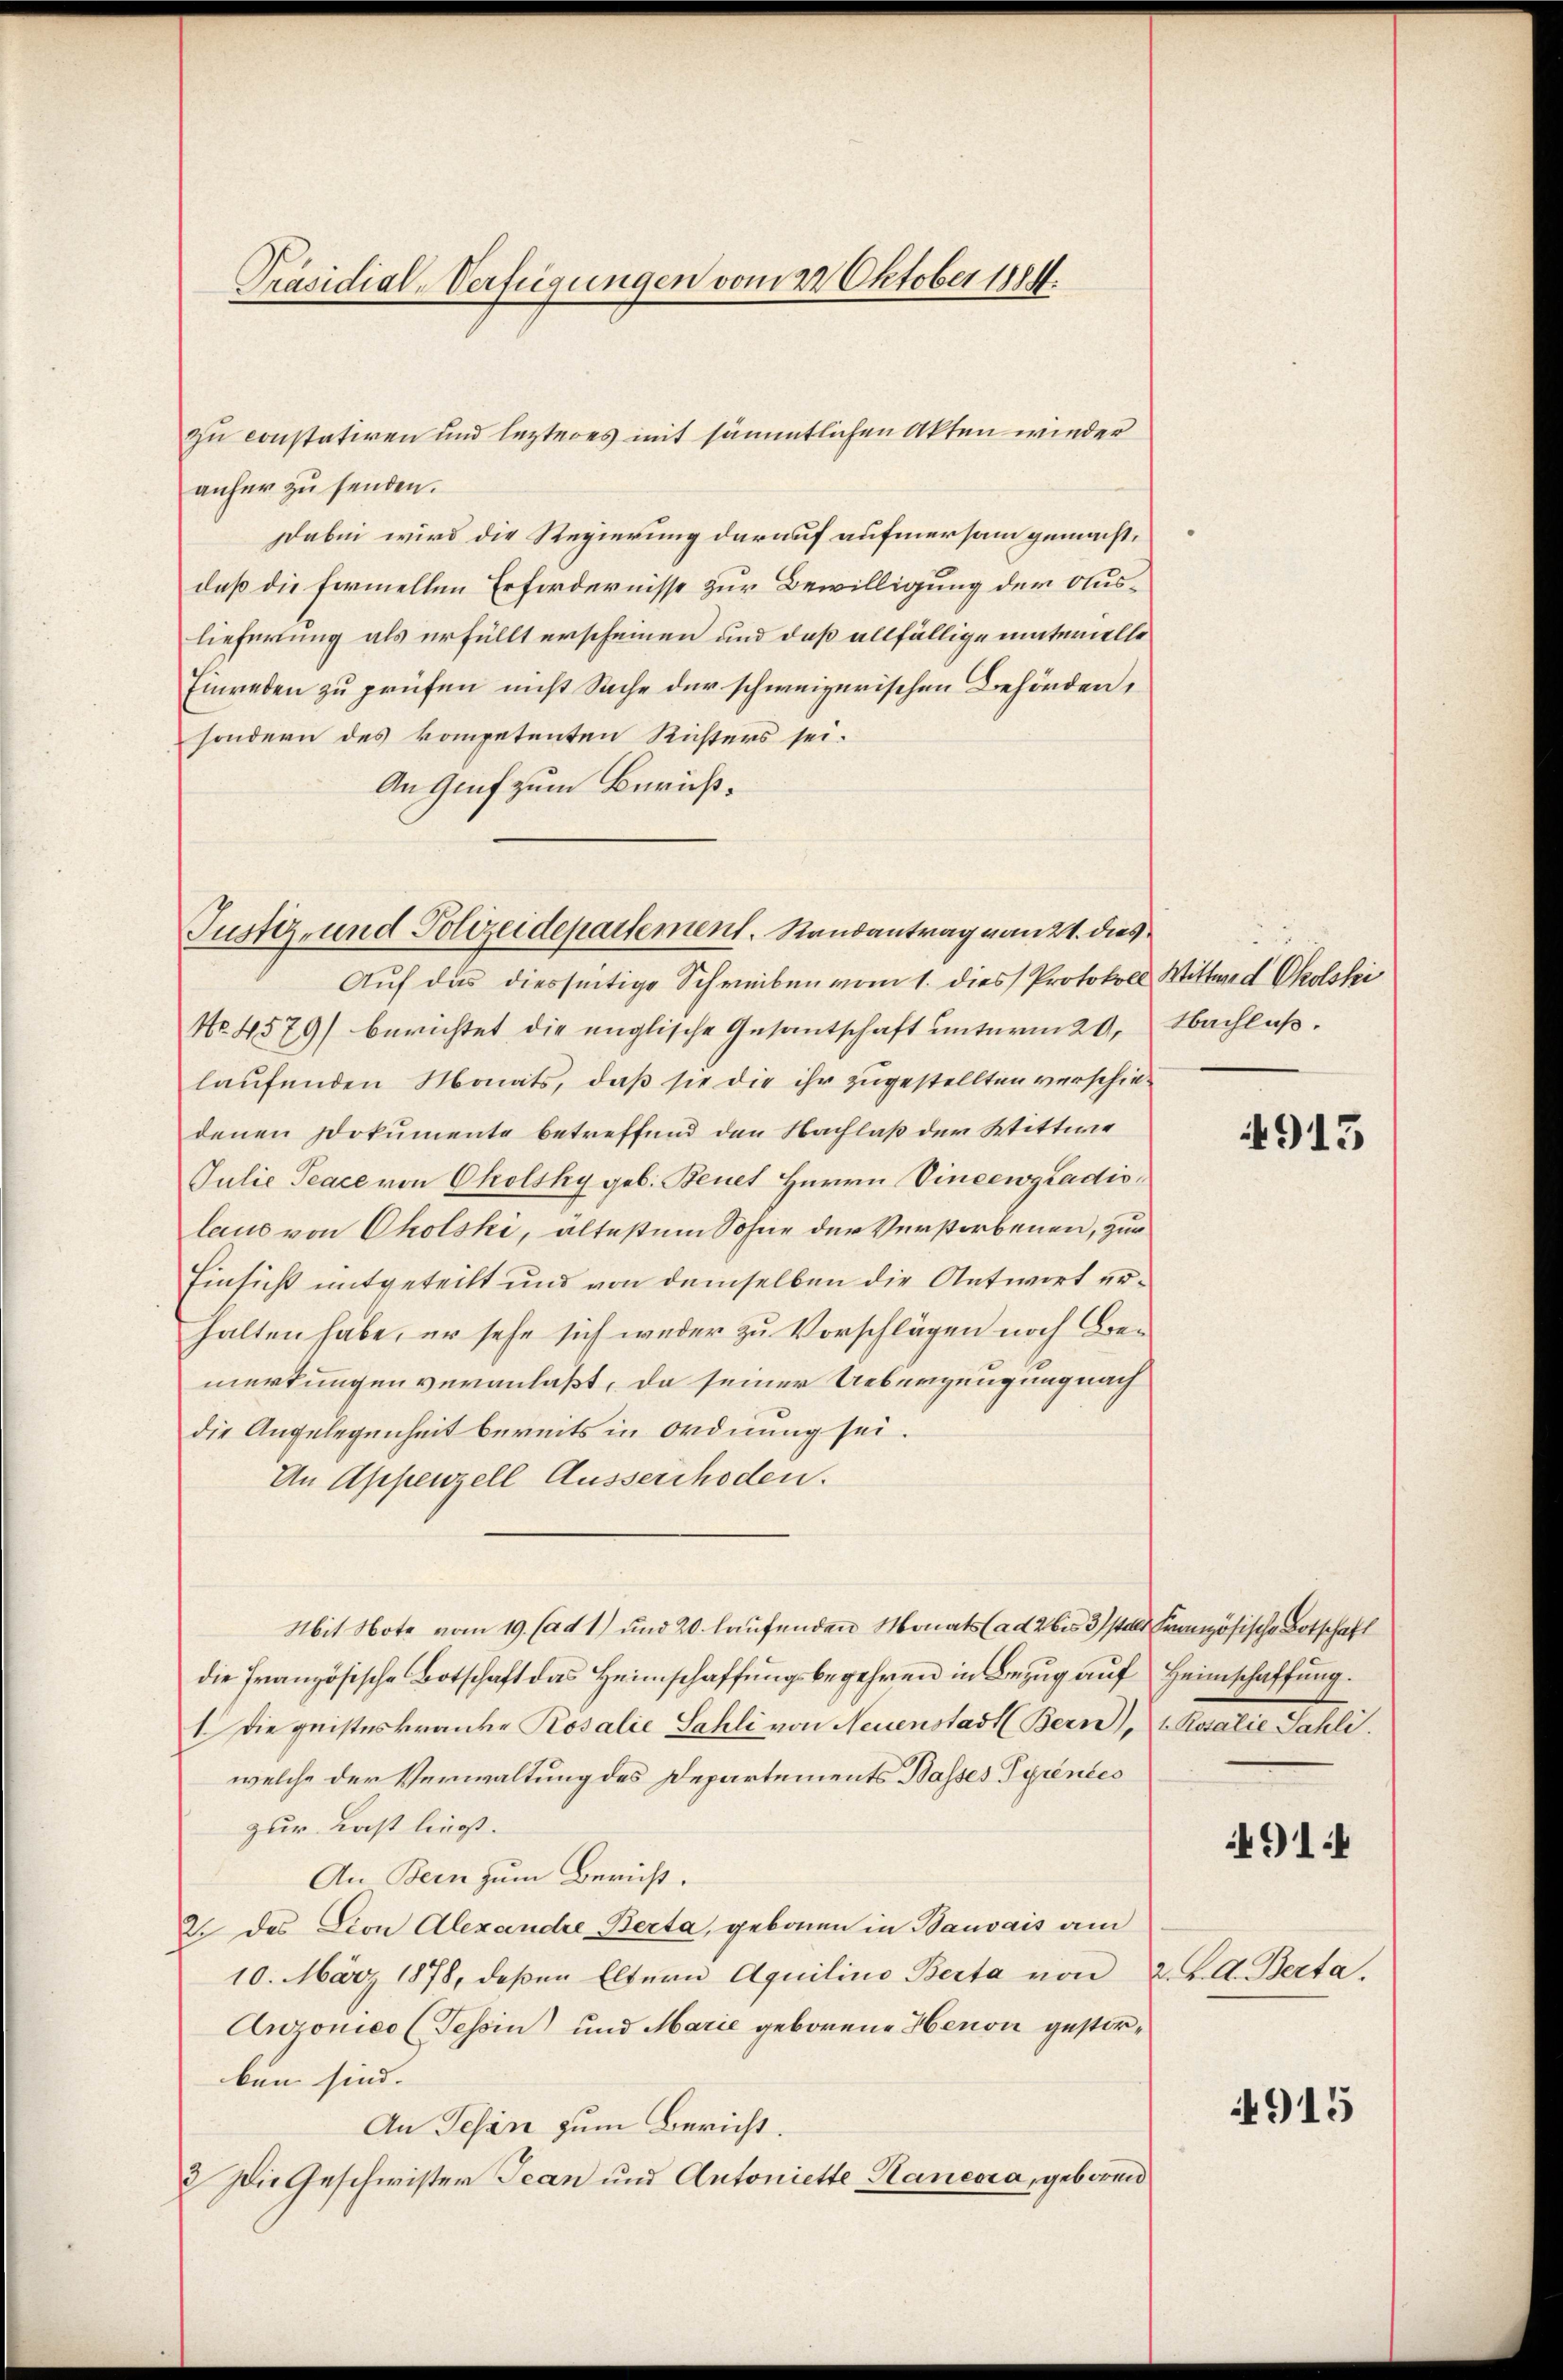
Präsidial-Verfügungen vom 22. Oktober 1884.

zu constatiren und lezteres mit sämmtlichen Akten wieder
anher zu senden.
Dabei wird die Regierung darauf aufmersam gemacht,
daß die formellen Erfordernisse zur Bewilligung der Auslieferung als erfüllt erscheinen und daß allfällige materielle
Einreden zu prüfen nicht Sache der schweizerischen Behörden,
sondern des kompetenten Richters sei.
An Genf zum Zürich¬
Auf das diesseitige Schreiben vom 1. dies Protokoll Wittwed Okolski
No. 4579) berichtet die englische Gesantschaft ŭnterm 20. Nachlaß.
laufenden Monats, daß sie die ihr zugestellten verschie-
denen Dokumente betreffend den Nachlaß der Wittwe
Julie Teace von Cholsky geb. Benet Herrn VineewgLadislaus von Cholski, ältestem Sohne der Verstorbenen, zur
Einsicht mitgeteilt und von demselben die Antwort urhalten habe, er sehe sich weder zu Vorschlägen noch Bemerkungen veranlaßt, da seiner Ueberzeugung nach
die Angelegenheit bereits in Ordnung sei.
An Appenzell Ausserrhoden.
Mit Note vom 19. (ad 1) und 20. laufenden Monats (ad 2 bis 3 t Französische Botschaft
die französische Botschaft das Heimschaffungsbegehren in Bezug auf Heimschaffung.
1. Die geisteskranken Rosalić Sahli von Neuenstadt (Bern), u. Kuratie Sahli
welche der Verwaltung des Departements Basses Pyrentes
zur Last liegt.
An Bern zum Bericht.
2. des Lion Alexandre Berta, geboren in Bauvais am
10. März 1878, deßen Eltern Aquilino Berta von 2. K. A. Berta.
Anzonico (Tesoin) und Marie geborene Henon gestorben sind. |
An Gesan zum Bericht.
2 Die Geschwister Jean und Antoniette Sanena, geboren

Tuster- und Polizeidepartement. Randantrag von 21. dies

4913

91:

915